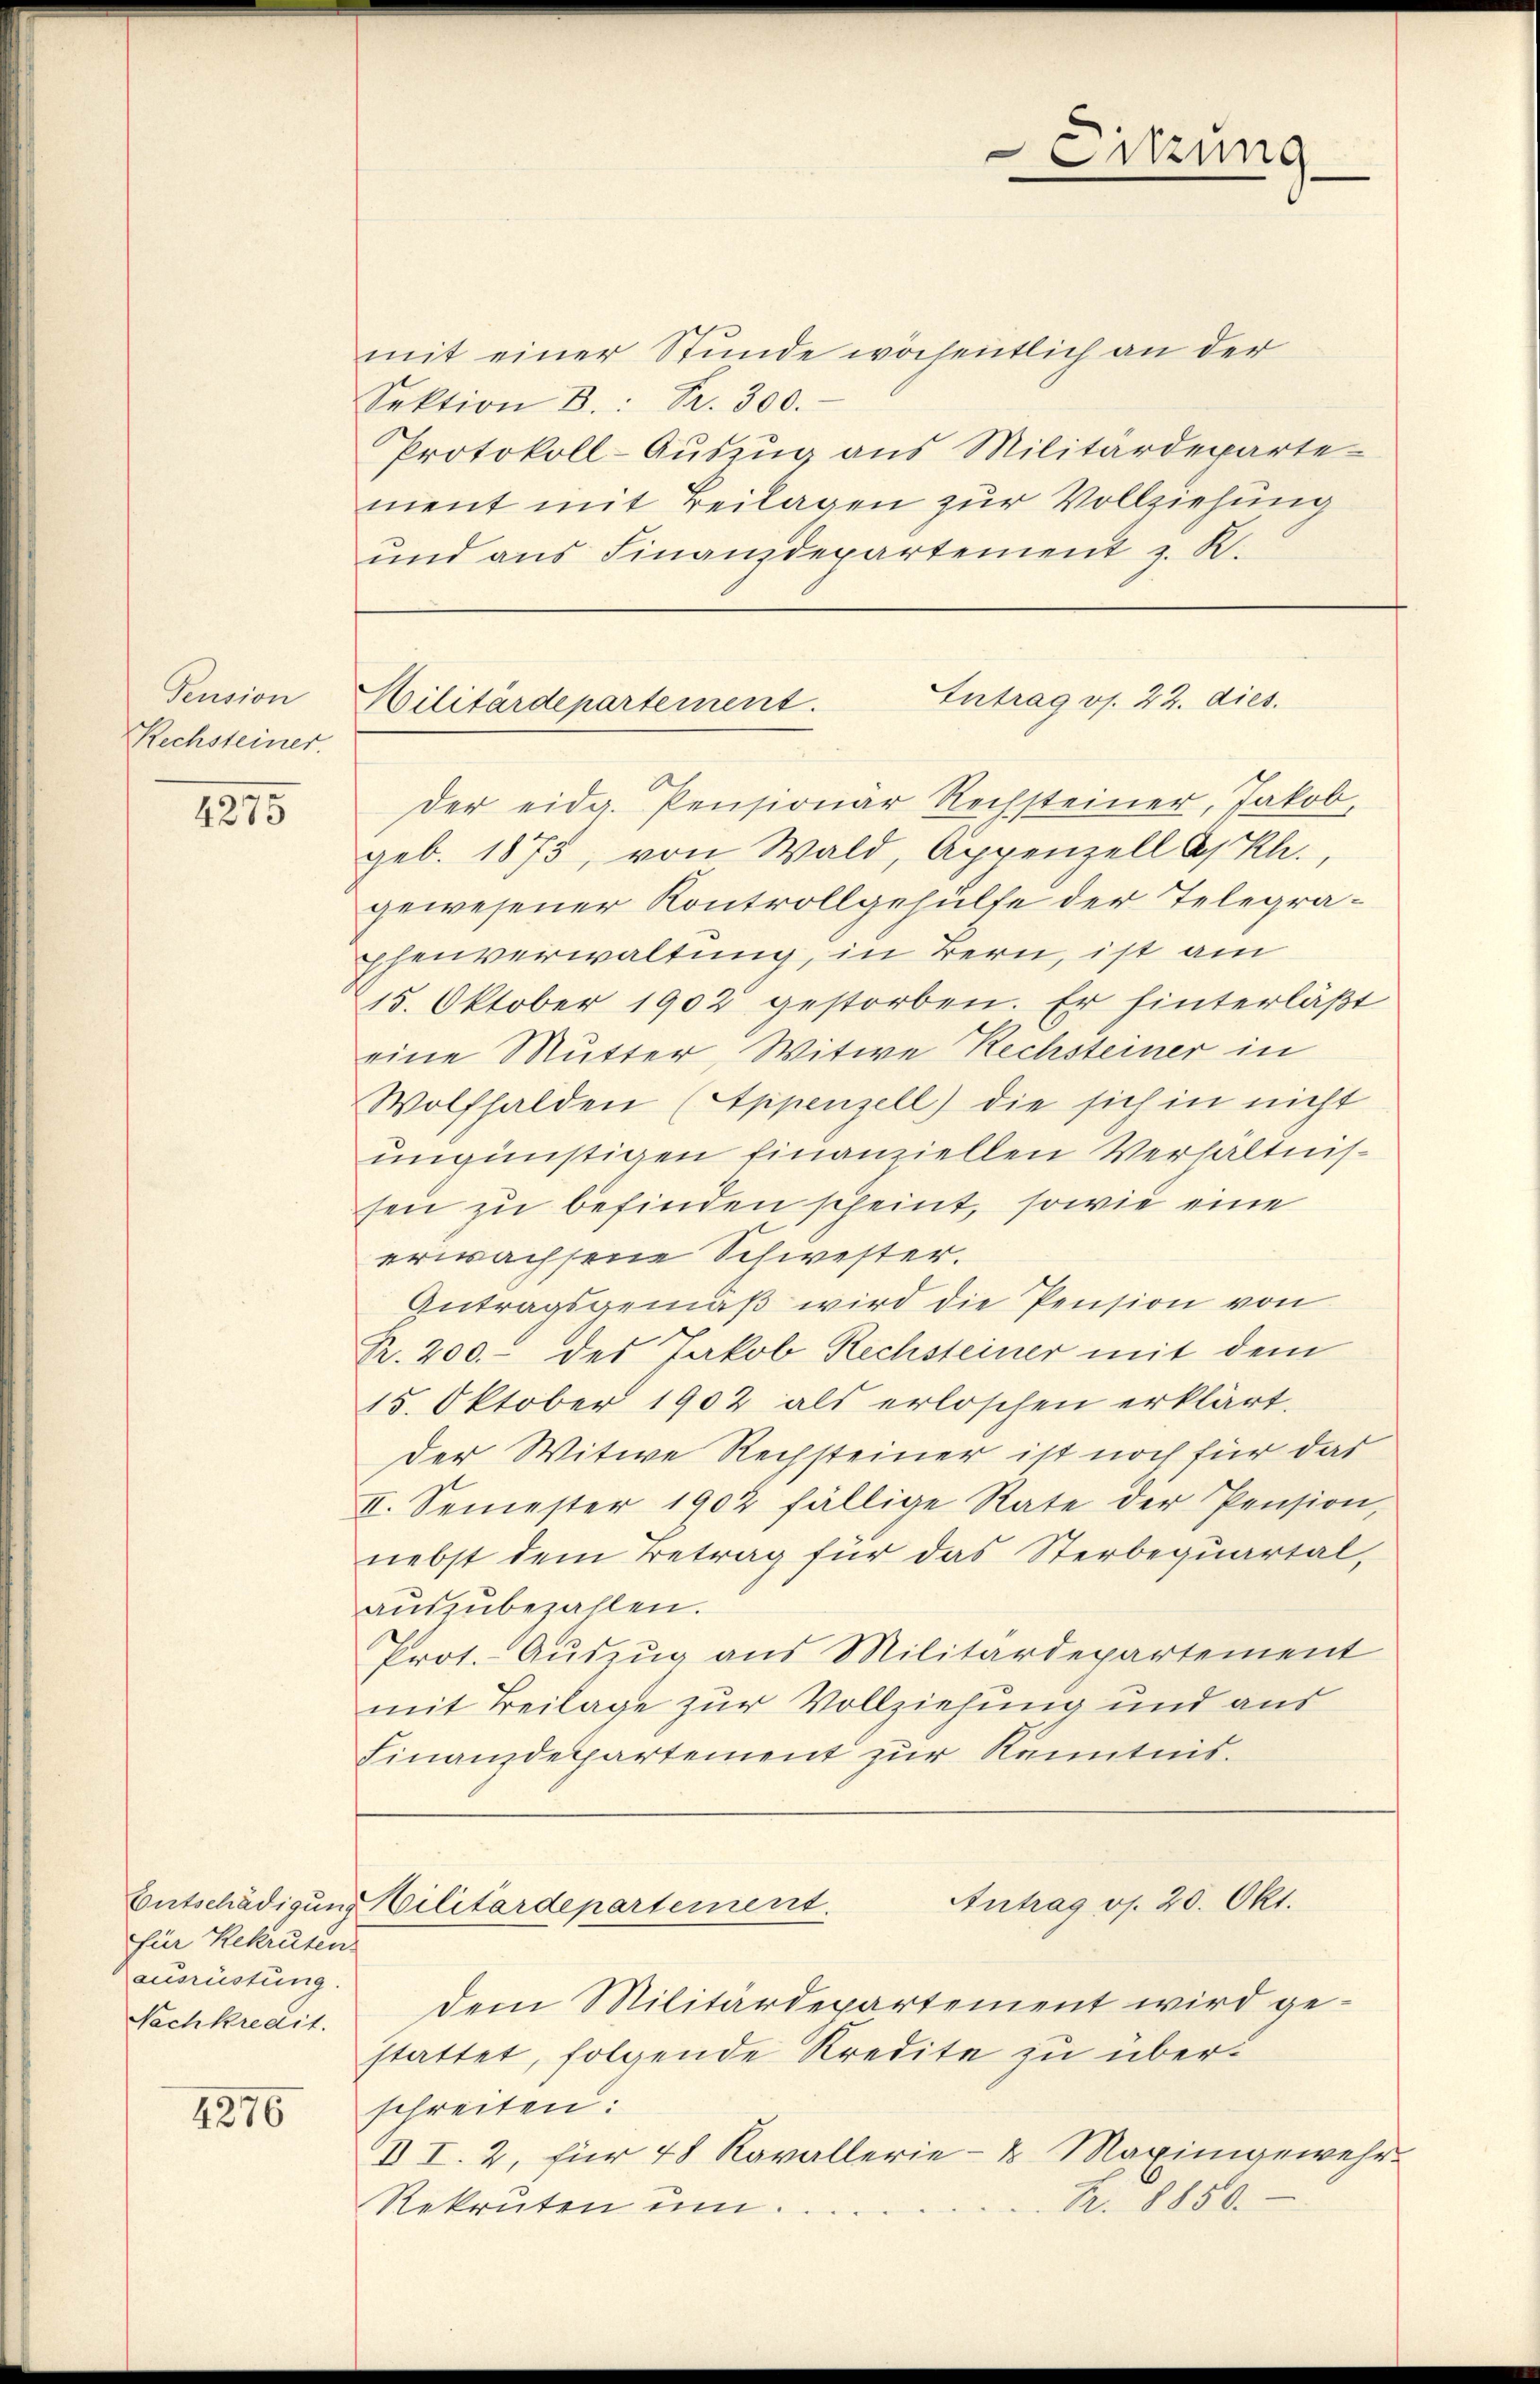
Pension
Rechsteiner

4275

für Rekruten
ausrüstung.
Nachkredit.

4276

mit einer Stunde wöchentlich an der
Sektion B.: Br. 300.
Protokoll-Auszug aus Militärdepartement mit Beilagen zur Vollziehung
ŭnd ans Finanzdepartement z. R.

Antrag os. 22. dies.
Militärdepartement.

der eidg. Pensionär Rechsteiner, Jakob,
geb. 1873, von Wald, Appenzell A/Rh.,
gewesener Kontrollgehülfe der Telegraphenverwaltung, in Bern, ist am
15. Oktober 1902 gestorben. Er hinterläßt
eine Mutter, Witwe Rechsteiner in
Wolfhalden (Appenzell) die sich in nicht
ungünstigen finanziellen Verhältnissen zu befinden scheint, sowie eine
erwachsene Schwester.
Antragsgemäß wird die Pension von
R. 200.- des Jakob Rechsteiner mit dem
15. Oktober 1902 als erloschen erklärt.
Der Witwe Rechsteiner ist noch für das
II. Semester 1902 fällige Rate der Pension,
nebst dem Betrag für das Sterbequartal,
aŭszŭbezahlen.
Prot. Auszug aus Militärdepartement
mit Beilage zur Vollziehung und aus
Finanzdepartement zur Kenntnis.

Entschädigung Militärdepartement.

Sitzung

Antrag os. 20. Okt.

dem Militärdepartement wird gestattet, folgende Kredite zu überschreiten:
III. 2, für 48 Kavallerie- & Maringewehr-
Fr. 1850.
Rekruten um.